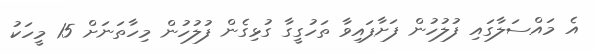
އެ މައްސަލާގައި ފުލުހުން ފަށާފައިވާ ތަހުގީގާ ގުޅިގެން ފުލުހުން މިހާތަނަށް 15 މީހަކު